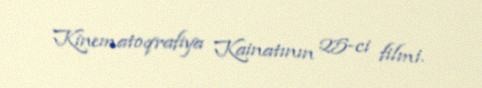
Kinematoqrafiya Kainatının 25-ci filmi.